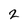
Character: 2